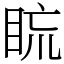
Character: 䀮